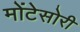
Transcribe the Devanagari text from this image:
मोंटेसोरी